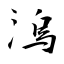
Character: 溩